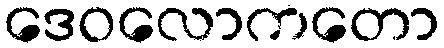
ဒေဝလောကတော